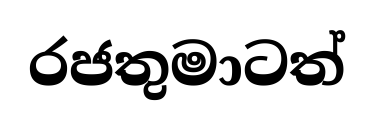
රජතුමාටත්